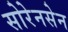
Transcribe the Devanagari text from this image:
सोरेनसेन